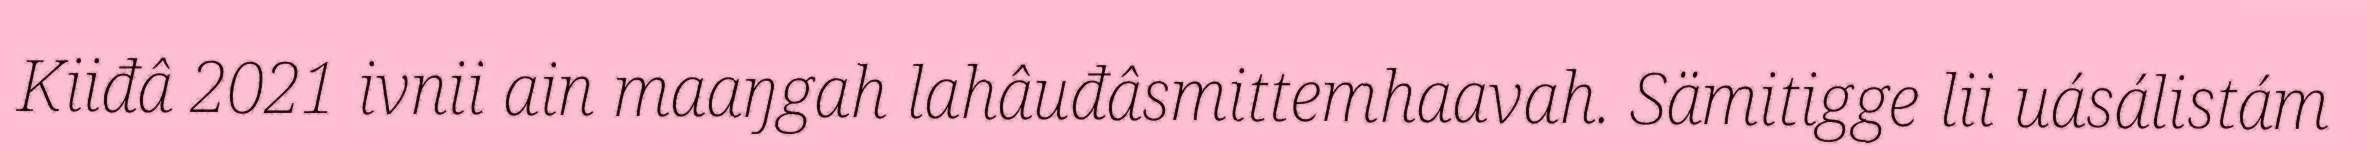
Kiiđâ 2021 ivnii ain maaŋgah lahâuđâsmittemhaavah. Sämitigge lii uásálistám